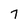
Character: 7